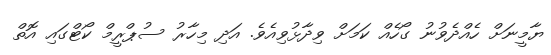
ޔާމީނަށް ހެއްދެވުނު ގޯހެއް ކަމަށް ވިދާޅުވިއެވެ. އަދި މިހާރު ސުޕްރީމް ކޯޓްގައި އޮތް